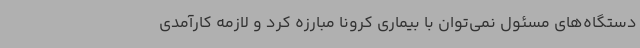
دستگاه‌های مسئول نمی‌توان با بیماری کرونا مبارزه کرد و لازمه کارآمدی